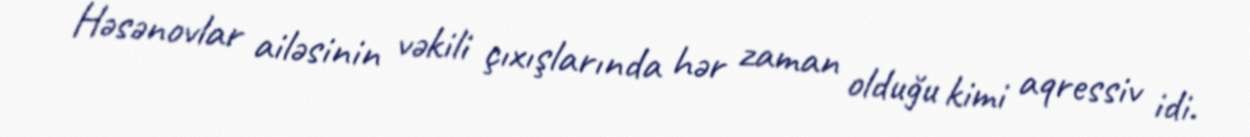
Həsənovlar ailəsinin vəkili çıxışlarında hər zaman olduğu kimi aqressiv idi.